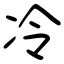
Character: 冷